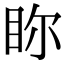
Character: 𥅘